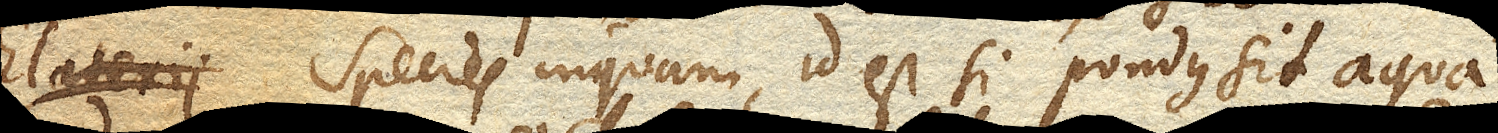
Elaterii. Species inquam, id est si pondus sit aqua